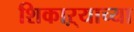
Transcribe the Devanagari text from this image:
शिकाऱ्याच्या